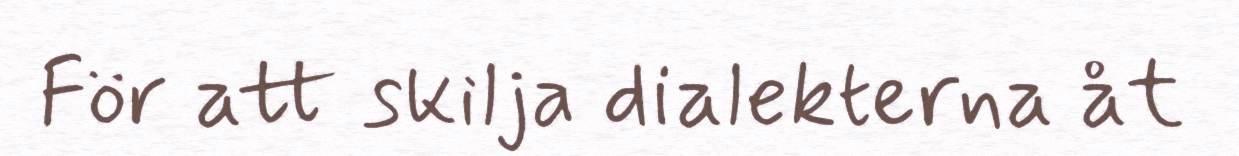
För att skilja dialekterna åt